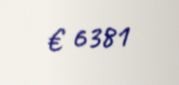
€ 6381